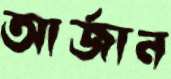
আর্জান